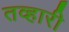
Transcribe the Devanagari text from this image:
तव्हारी